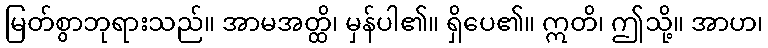
မြတ်စွာဘုရားသည်။ အာမအတ္ထိ၊ မှန်ပါ၏။ ရှိပေ၏။ ဣတိ၊ ဤသို့။ အာဟ၊